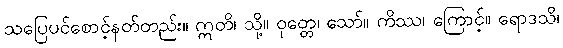
သပြေပင်စောင့်နတ်တည်း။ ဣတိ၊ သို့။ ဝုတ္တေ၊ သော်။ ကိဿ၊ ကြောင့်။ ရောဒသိ၊